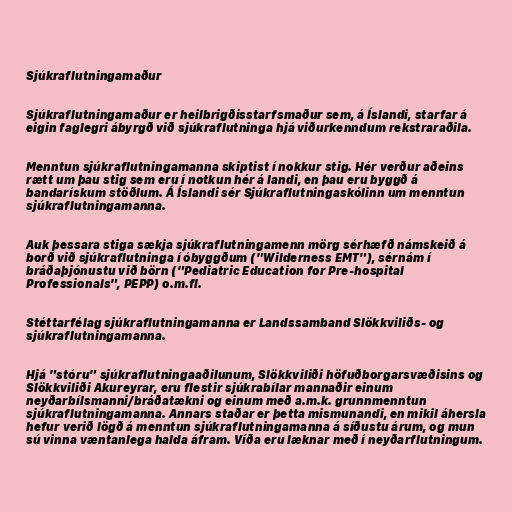
Sjúkraflutningamaður

Sjúkraflutningamaður er heilbrigðisstarfsmaður sem, á Íslandi, starfar á
eigin faglegri ábyrgð við sjúkraflutninga hjá viðurkenndum rekstraraðila.

Menntun sjúkraflutningamanna skiptist í nokkur stig. Hér verður aðeins
rætt um þau stig sem eru í notkun hér á landi, en þau eru byggð á
bandarískum stöðlum. Á Íslandi sér Sjúkraflutningaskólinn um menntun
sjúkraflutningamanna.

Auk þessara stiga sækja sjúkraflutningamenn mörg sérhæfð námskeið á
borð við sjúkraflutninga í óbyggðum ("Wilderness EMT"), sérnám í
bráðaþjónustu við börn ("Pediatric Education for Pre-hospital
Professionals", PEPP) o.m.fl.

Stéttarfélag sjúkraflutningamanna er Landssamband Slökkviliðs- og
sjúkraflutningamanna.

Hjá "stóru" sjúkraflutningaaðilunum, Slökkviliði höfuðborgarsvæðisins og
Slökkviliði Akureyrar, eru flestir sjúkrabílar mannaðir einum
neyðarbílsmanni/bráðatækni og einum með a.m.k. grunnmenntun
sjúkraflutningamanna. Annars staðar er þetta mismunandi, en mikil áhersla
hefur verið lögð á menntun sjúkraflutningamanna á síðustu árum, og mun
sú vinna væntanlega halda áfram. Víða eru læknar með í neyðarflutningum.